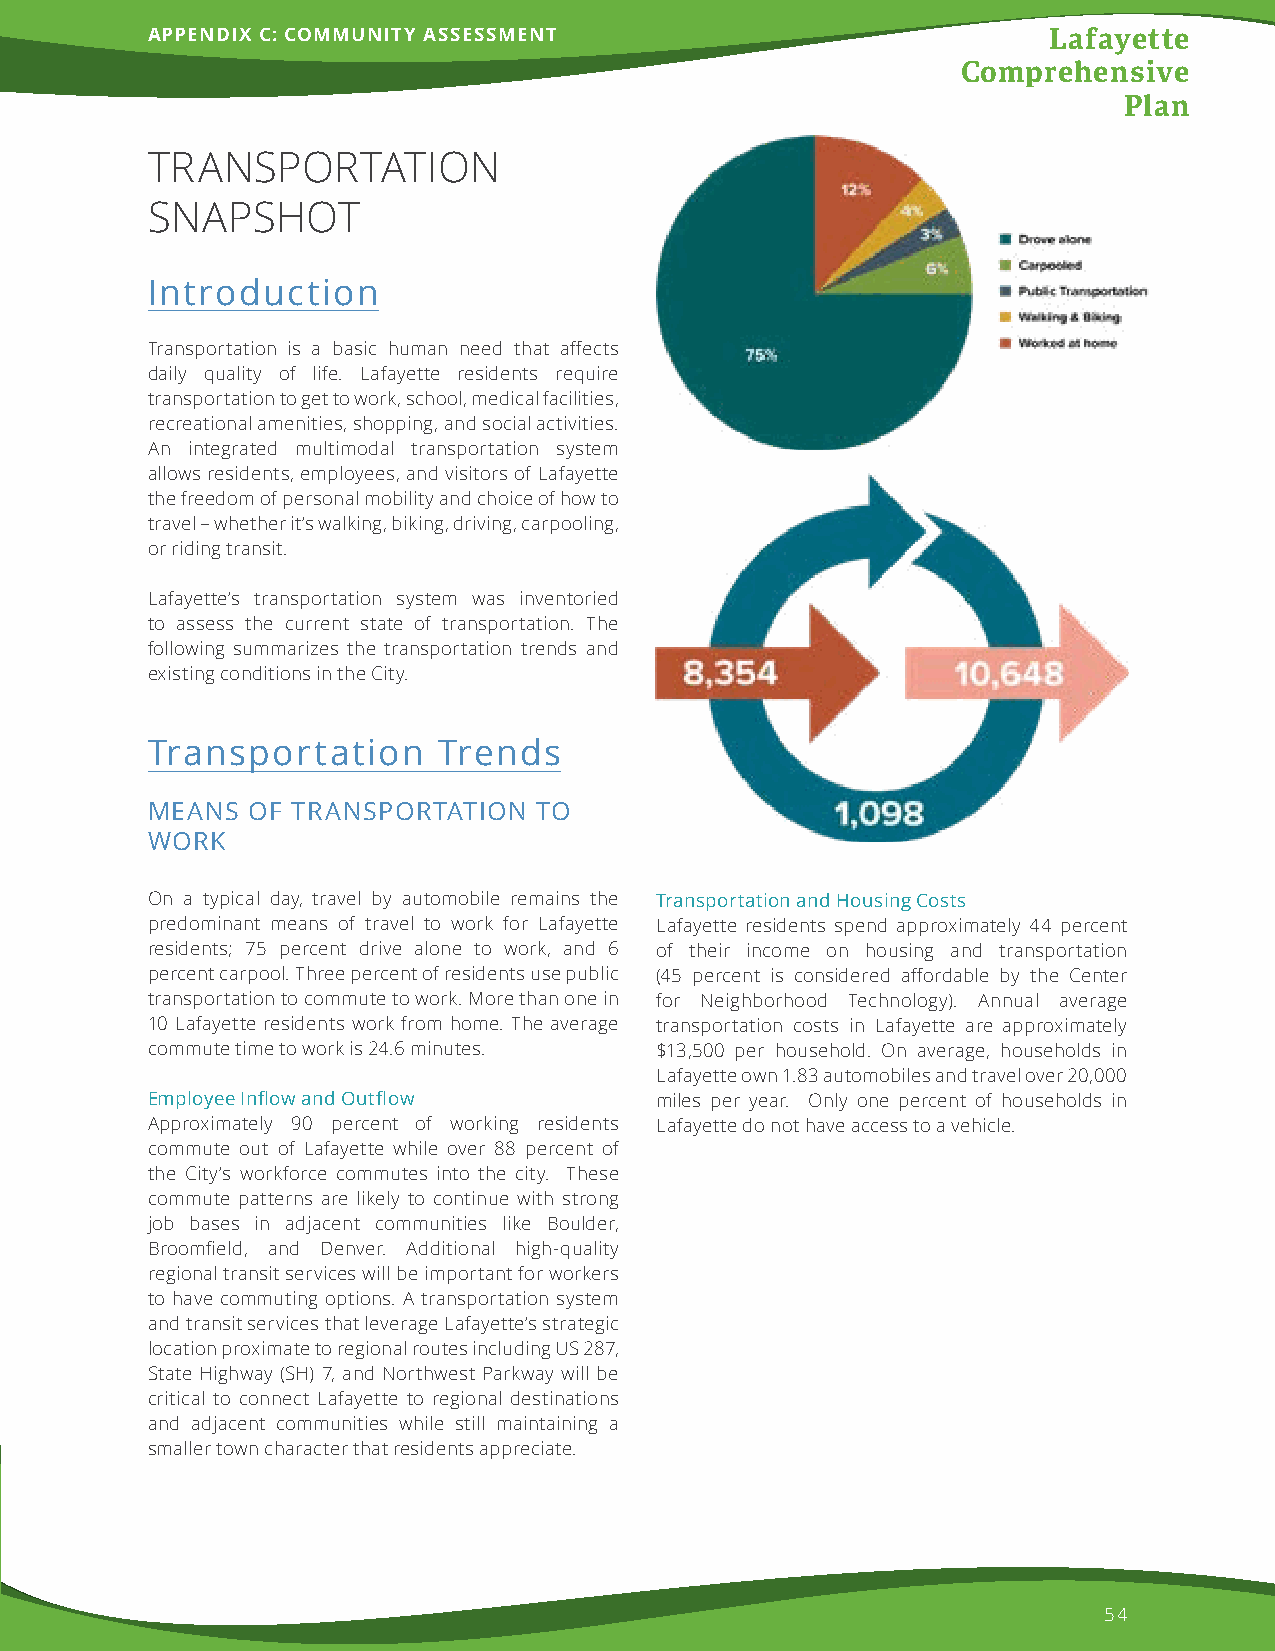
APPENDIX C: COMMUNITY ASSESSMENT                           Lafayette
 Comprehensive
 Plan
 TRANSPORTATION
 SNAPSHOT
 Introduction
 Transportation is a basic human need that affects
 daily quality of life. Lafayette residents require
 transportation to get to work, school, medical facilities,
 recreational amenities, shopping, and social activities.
 An integrated multimodal transportation system
 allows residents, employees, and visitors of Lafayette
 the freedom of personal mobility and choice of how to
 travel – whether it’s walking, biking, driving, carpooling,
 or riding transit.
 Lafayette’s transportation system was inventoried
 to assess the current state of transportation. The
 following summarizes the transportation trends and
 existing conditions in the City.
 Transportation     Trends
 MEANS OF TRANSPORTATION   TO
 WORK
 On a typical day, travel by automobile remains the Transportation and Housing Costs
 predominant means of travel to work for Lafayette Lafayette residents spend approximately 44 percent
 residents; 75 percent drive alone to work, and 6 of their income on housing and transportation
 percent carpool. Three percent of residents use public (45 percent is considered affordable by the Center
 transportation to commute to work. More than one in for Neighborhood Technology). Annual average
 10 Lafayette residents work from home. The average transportation costs in Lafayette are approximately
 commute time to work is 24.6 minutes. $13,500 per household. On average, households in
 Lafayette own 1.83 automobiles and travel over 20,000
 Employee Inflow and Outflow      miles per year. Only one percent of households in
 Approximately 90 percent of working residents Lafayette do not have access to a vehicle.
 commute out of Lafayette while over 88 percent of
 the City’s workforce commutes into the city. These
 commute patterns are likely to continue with strong
 job bases in adjacent communities like Boulder,
 Broomfield, and Denver. Additional high-quality
 regional transit services will be important for workers
 to have commuting options. A transportation system
 and transit services that leverage Lafayette’s strategic
 location proximate to regional routes including US 287,
 State Highway (SH) 7, and Northwest Parkway will be
 critical to connect Lafayette to regional destinations
 and adjacent communities while still maintaining a
 smaller town character that residents appreciate.
 54